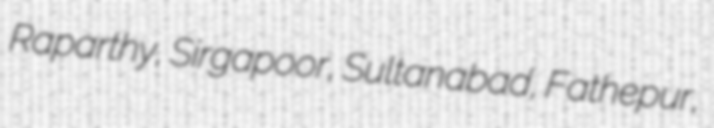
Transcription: Raparthy, Sirgapoor, Sultanabad, Fathepur,